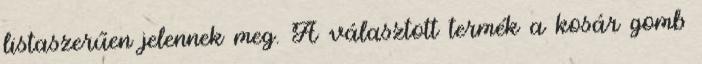
listaszerűen jelennek meg. A választott termék a kosár gomb